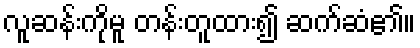
လူဆန်းကိုမူ တန်းတူထား၍ ဆက်ဆံ၏။